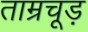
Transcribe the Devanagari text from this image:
ताम्रचूड़